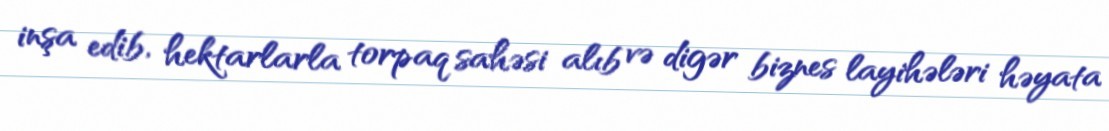
inşa edib, hektarlarla torpaq sahəsi alıb və digər biznes layihələri həyata